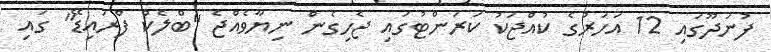
ފުނަދޫގައި 12 އަހަރުގެ ކުއްޖަކު ކަރަންޓުގައި ޖެހިގެން ނިޔާވެއްޖެ "ބްލެކް ފްރައިޑޭ" ގައި